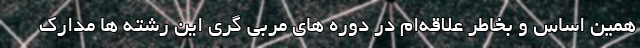
همین اساس و بخاطر علاقه‌ام در دوره های مربی گری این رشته ها مدارک